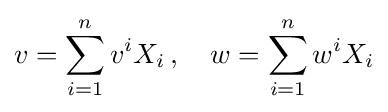
v=\sum _{i=1}^{n}v^{i}X_{i}\,,\quad w=\sum _{i=1}^{n}w^{i}X_{i}